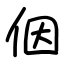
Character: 𪜶